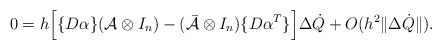
\begin{align*}0=h \Big[ \{D\alpha\} (\mathcal{A}\otimes I_n) - (\mathcal{\bar{A}}\otimes I_n)\{D\alpha^T\} \Big] \Delta \dot Q + O(h^2 \|\Delta \dot Q \|).\end{align*}